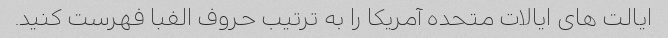
ایالت های ایالات متحده آمریکا را به ترتیب حروف الفبا فهرست کنید.